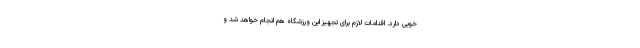
خوبی دارد. اقدامات لازم برای تجهیز این ورزشگاه هم انجام خواهد شد و